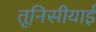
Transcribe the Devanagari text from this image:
तूनिसीयाई